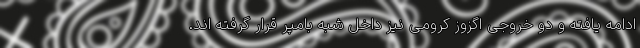
ادامه یافته و دو خروجی اگزوز کرومی نیز داخل شبه بامپر قرار گرفته اند.